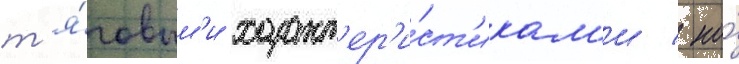
т'я́говым'и характ'ер'и́ст'икам'и / но́